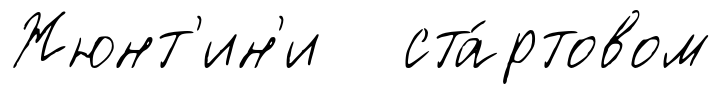
Жюнт'ин'и ста́ртовом